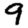
Digit: 9